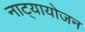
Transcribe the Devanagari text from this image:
नाट्यायोजन